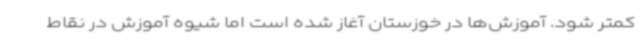
کمتر شود. آموزش‌ها در خوزستان آغاز شده است اما شیوه آموزش در نقاط